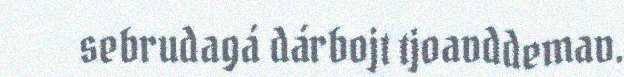
sebrudagá dárbojt tjoavddemav.